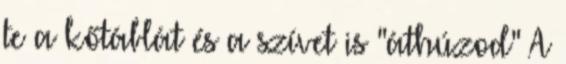
te a kőtáblát és a szívet is "áthúzod" A